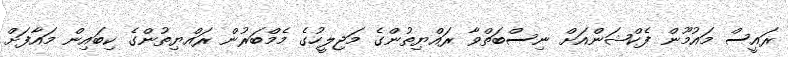
ރައީސް މައުމޫން ފެކްޝަންއަށް ނިސްބަތްވާ ރައްޔިތުންގެ މަޖިލީހުގެ މެމްބަރުން ރައްޔިތުންގެ ކިބައިން މައާފަށް